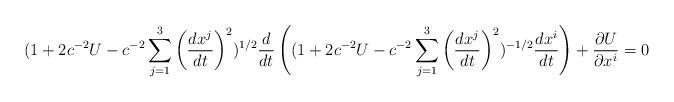
LaTeX: \begin{align*}(1 + 2c^{- 2}U - c^{- 2}\sum_{j = 1}^{3}\left( \frac{dx^{j}}{dt} \right)^{2} )^{1/2}\frac{d}{dt} \left( (1 + 2c^{- 2}U - c^{- 2}\sum_{j = 1}^{3}\left( \frac{dx^{j}}{dt} \right)^{2} )^{- 1/2}\frac{dx^{i}}{dt} \right) + \frac{\partial U}{\partial x^{i}} = 0\end{align*}